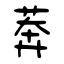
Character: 莾